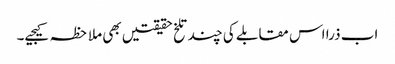
اب ذرا اس مقابلے کی چند تلخ حقیقتیں بھی ملاحظہ کیجیے۔